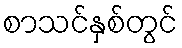
စာသင်နှစ်တွင်